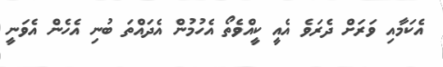
އެކަމާއި ވަރަށް ދެރަވެ އެއީ ކީއްވެތޯ އެހުމުން އެދައްތަ ބުނި އެހެން އެވަނީ